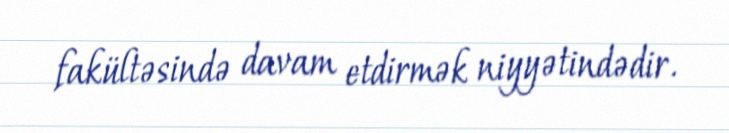
fakültəsində davam etdirmək niyyətindədir.